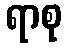
ရာစု